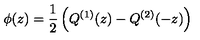
\phi ( z ) = \frac { 1 } { 2 } \left( Q ^ { ( 1 ) } ( z ) - Q ^ { ( 2 ) } ( - z ) \right)